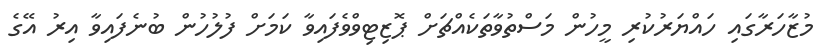
މުޒާހަރާގައި ހައްޔަރުކުރި މީހުން މަސްތުވާތަކެއްޗަށް ޕޮޒިޓިވްވެފައިވާ ކަމަށް ފުލުހުން ބުނެފައިވާ އިރު އޭގެ